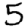
Digit: 5